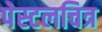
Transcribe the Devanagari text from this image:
पेस्टलचित्र